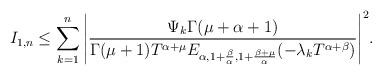
LaTeX: \begin{align*}I_{1,n} \leq \sum\limits_{k=1}^n{\left|\frac{\Psi_k \Gamma(\mu+\alpha+1)}{\Gamma(\mu+1)T^{\alpha+\mu} E_{\alpha,1+\frac{\beta}{\alpha},1+\frac{\beta+\mu}{\alpha}}(-\lambda_{k}T^{\alpha+\beta})}\right|^2}.\end{align*}